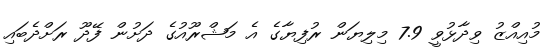
މުއިއްޒު ވިދާޅުވީ 7.9 މިލިޔަން ރުފިޔާގެ އެ މަޝްރޫއުގެ ދަށުން ފޭދޫ ރަށްދެބައި